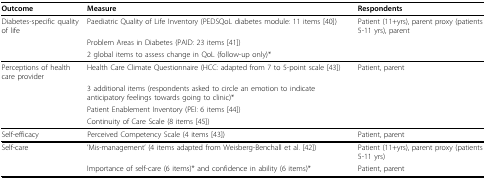
<table><thead><tr><td><b>Outcome</b></td><td><b>Measure</b></td><td><b>Respondents</b></td></tr></thead><tbody><tr><td>Diabetes-specific quality of life</td><td>Paediatric Quality of Life Inventory (PEDSQoL diabetes module: 11 items [40])</td><td>Patient (11+yrs), parent proxy (patients 5-11 yrs), parent</td></tr><tr><td></td><td>Problem Areas in Diabetes (PAID: 23 items [41])</td><td></td></tr><tr><td></td><td>2 global items to assess change in QoL (follow-up only)*</td><td></td></tr><tr><td>Perceptions of health care provider</td><td>Health Care Climate Questionnaire (HCC: adapted from 7 to 5-point scale [43])</td><td>Patient, parent</td></tr><tr><td></td><td>3 additional items (respondents asked to circle an emotion to indicate anticipatory feelings towards going to clinic)*</td><td></td></tr><tr><td></td><td>Patient Enablement Inventory (PEI: 6 items [44])</td><td></td></tr><tr><td></td><td>Continuity of Care Scale (8 items [45])</td><td></td></tr><tr><td>Self-efficacy</td><td>Perceived Competency Scale (4 items [43])</td><td>Patient, parent</td></tr><tr><td>Self-care</td><td>&#x27;Mis-management&#x27; (4 items adapted from Weisberg-Benchall et al. [42])</td><td>Patient (11+yrs), parent proxy (patients 5-11 yrs)</td></tr><tr><td></td><td>Importance of self-care (6 items)* and confidence in ability (6 items)*</td><td>Patient, parent</td></tr></tbody></table>